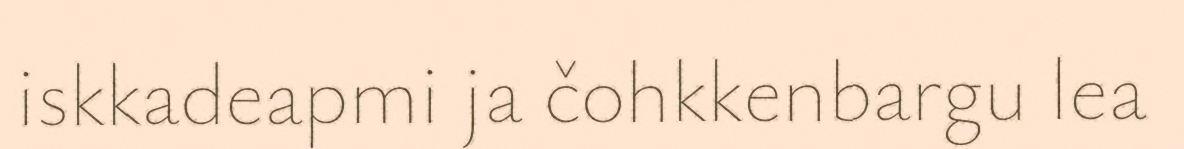
iskkadeapmi ja čohkkenbargu lea